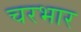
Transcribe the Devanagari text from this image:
चरभार